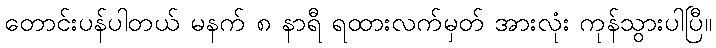
တောင်းပန်ပါတယ် မနက် ၈ နာရီ ရထားလက်မှတ် အားလုံး ကုန်သွားပါပြီ။